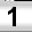
Digit: 1